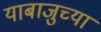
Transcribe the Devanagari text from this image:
याबाजुच्या